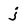
Character: j